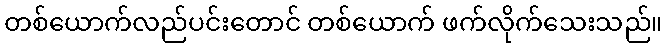
တစ်ယောက်လည်ပင်းတောင် တစ်ယောက် ဖက်လိုက်သေးသည်။